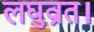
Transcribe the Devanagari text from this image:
लघुव्रत।